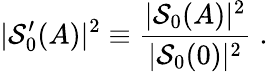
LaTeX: |{\mathcal S}_{0}^{\prime}(A)|^{2}\equiv\frac{|{\mathcal S}_{0}(A)|^{2}}{|{\mathcal S}_{0}(0)|^{2}}\; .